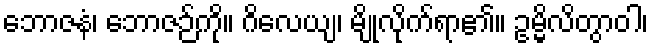
ဘောဇနံ၊ ဘောဇဉ်ကို။ ဂိလေယျ၊ မျိုလိုက်ရာ၏။ ဥမ္မိလိတွာဝါ၊